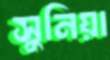
সুনিয়া